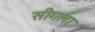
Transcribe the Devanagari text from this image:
सीगला